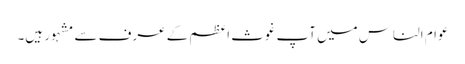
عوام الناس میں آپ غوث اعظم کے عرف سے مشہور ہیں۔